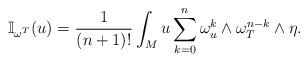
LaTeX: \begin{align*}\mathbb{I}_{\omega^T}(u)=\frac{1}{(n+1)!}\int_M u\sum_{k=0}^n \omega_u^k\wedge \omega^{n-k}_T\wedge \eta. \end{align*}